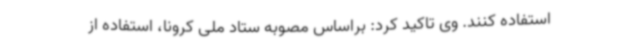
استفاده کنند. وی تاکید کرد: براساس مصوبه ستاد ملی کرونا، استفاده از